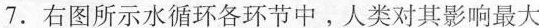
7.右图所示水循环各环节中。人类对其影响最大